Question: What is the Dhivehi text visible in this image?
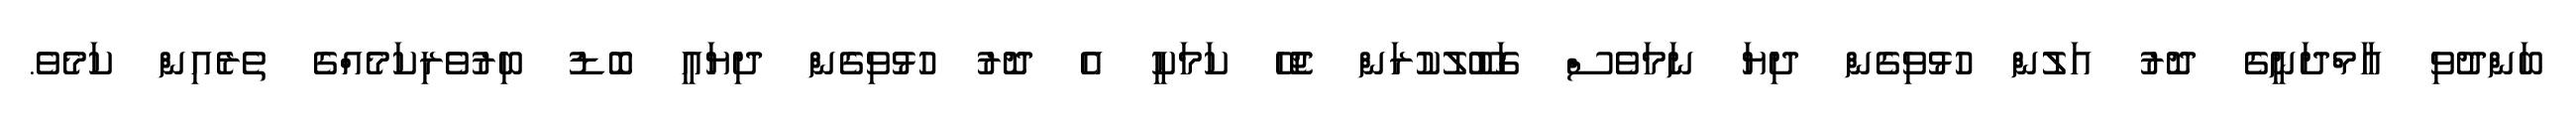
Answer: ބަންދުވި އާމްދަނީގެ ދޮރު އަލުން ހުޅުވިގެން ދިޔަ ނަމަވެސް ގަބޫލުކުރަން ޖެހޭ ކަމަކީ އެ ދޮރު ހުޅުވިގެން ދިޔައީ ބޮޑު ބިރުވެރިކަމެއްގެ ތެރެއިން ކަމެވެ.